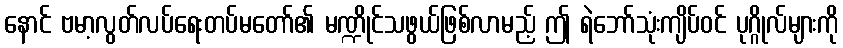
နောင် ဗမာ့လွတ်လပ်ရေးတပ်မတော်၏ မဏ္ဍိုင်သဖွယ်ဖြစ်လာမည့် ဤ ရဲဘော်သုံးကျိပ်ဝင် ပုဂ္ဂိုလ်များကို